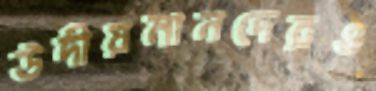
উদীয়মানদেরও